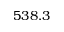
5 3 8 . 3